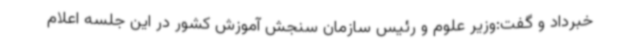
خبرداد و گفت:وزیر علوم و رئیس سازمان سنجش آموزش کشور در این جلسه اعلام